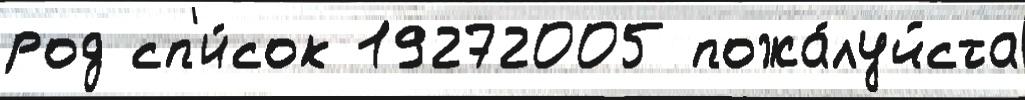
род сп'и́сок 19272005 пожа́луйста